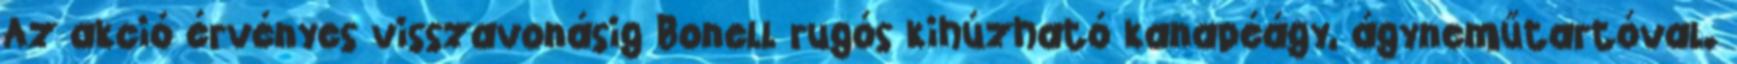
Az akció érvényes visszavonásig Bonell rugós kihúzható kanapéágy, ágyneműtartóval.